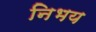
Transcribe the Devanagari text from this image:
निभय